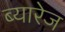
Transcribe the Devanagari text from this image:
ब्यारेज